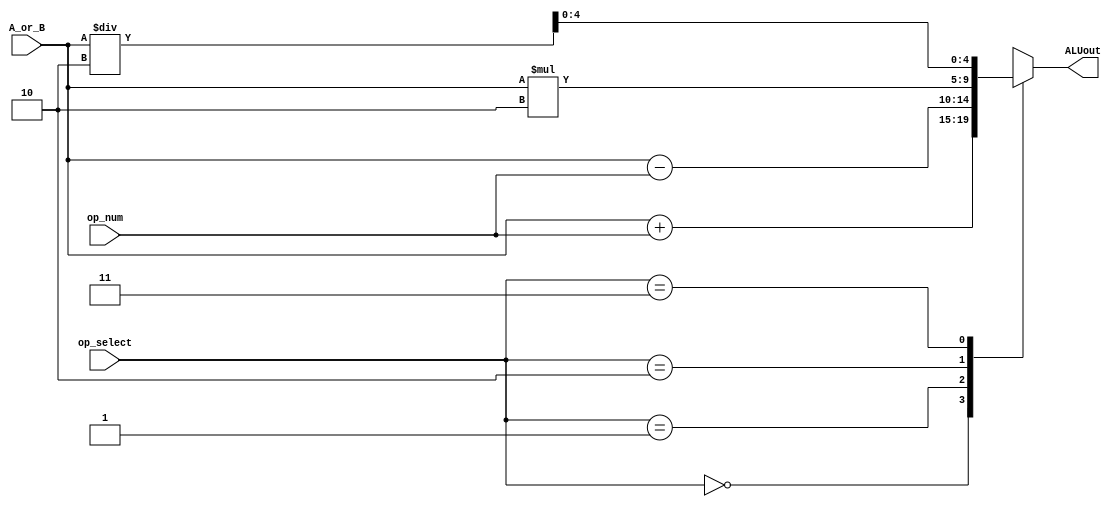
module ALU(input [3:0]A_or_B, input [4:0]op_num, input [1:0]op_select, output reg [4:0]ALUout);
 
 //00 is add, 01 is subtract, 10 is times 2, 11 is divided by 2)
	always @(*)
	begin
		case(op_select[1:0])
			2'b00: ALUout=A_or_B+op_num;
			2'b01: ALUout=A_or_B-op_num;
			2'b10: ALUout=A_or_B*2;
			2'b11: ALUout=A_or_B/2;
			default: ALUout=5'b00000;
		endcase
	end
endmodule